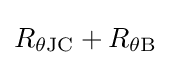
R_{\theta {\rm {JC}}}+R_{\theta {\rm {B}}}